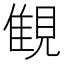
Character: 𧡖